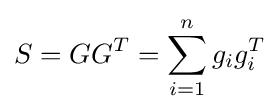
S=GG^{T}=\sum _{i=1}^{n}g_{i}g_{i}^{T}